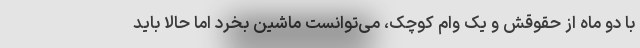
با دو ماه از حقوقش و یک وام کوچک، می‌توانست ماشین بخرد اما حالا باید